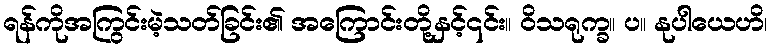
ရန်ကိုအကြွင်းမဲ့သတ်ခြင်း၏ အကြောင်းတို့နှင့်၎င်း။ ဝိသရုက္ခ။ ပ။ နုပါယေဟိ၊